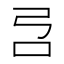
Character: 𰇉